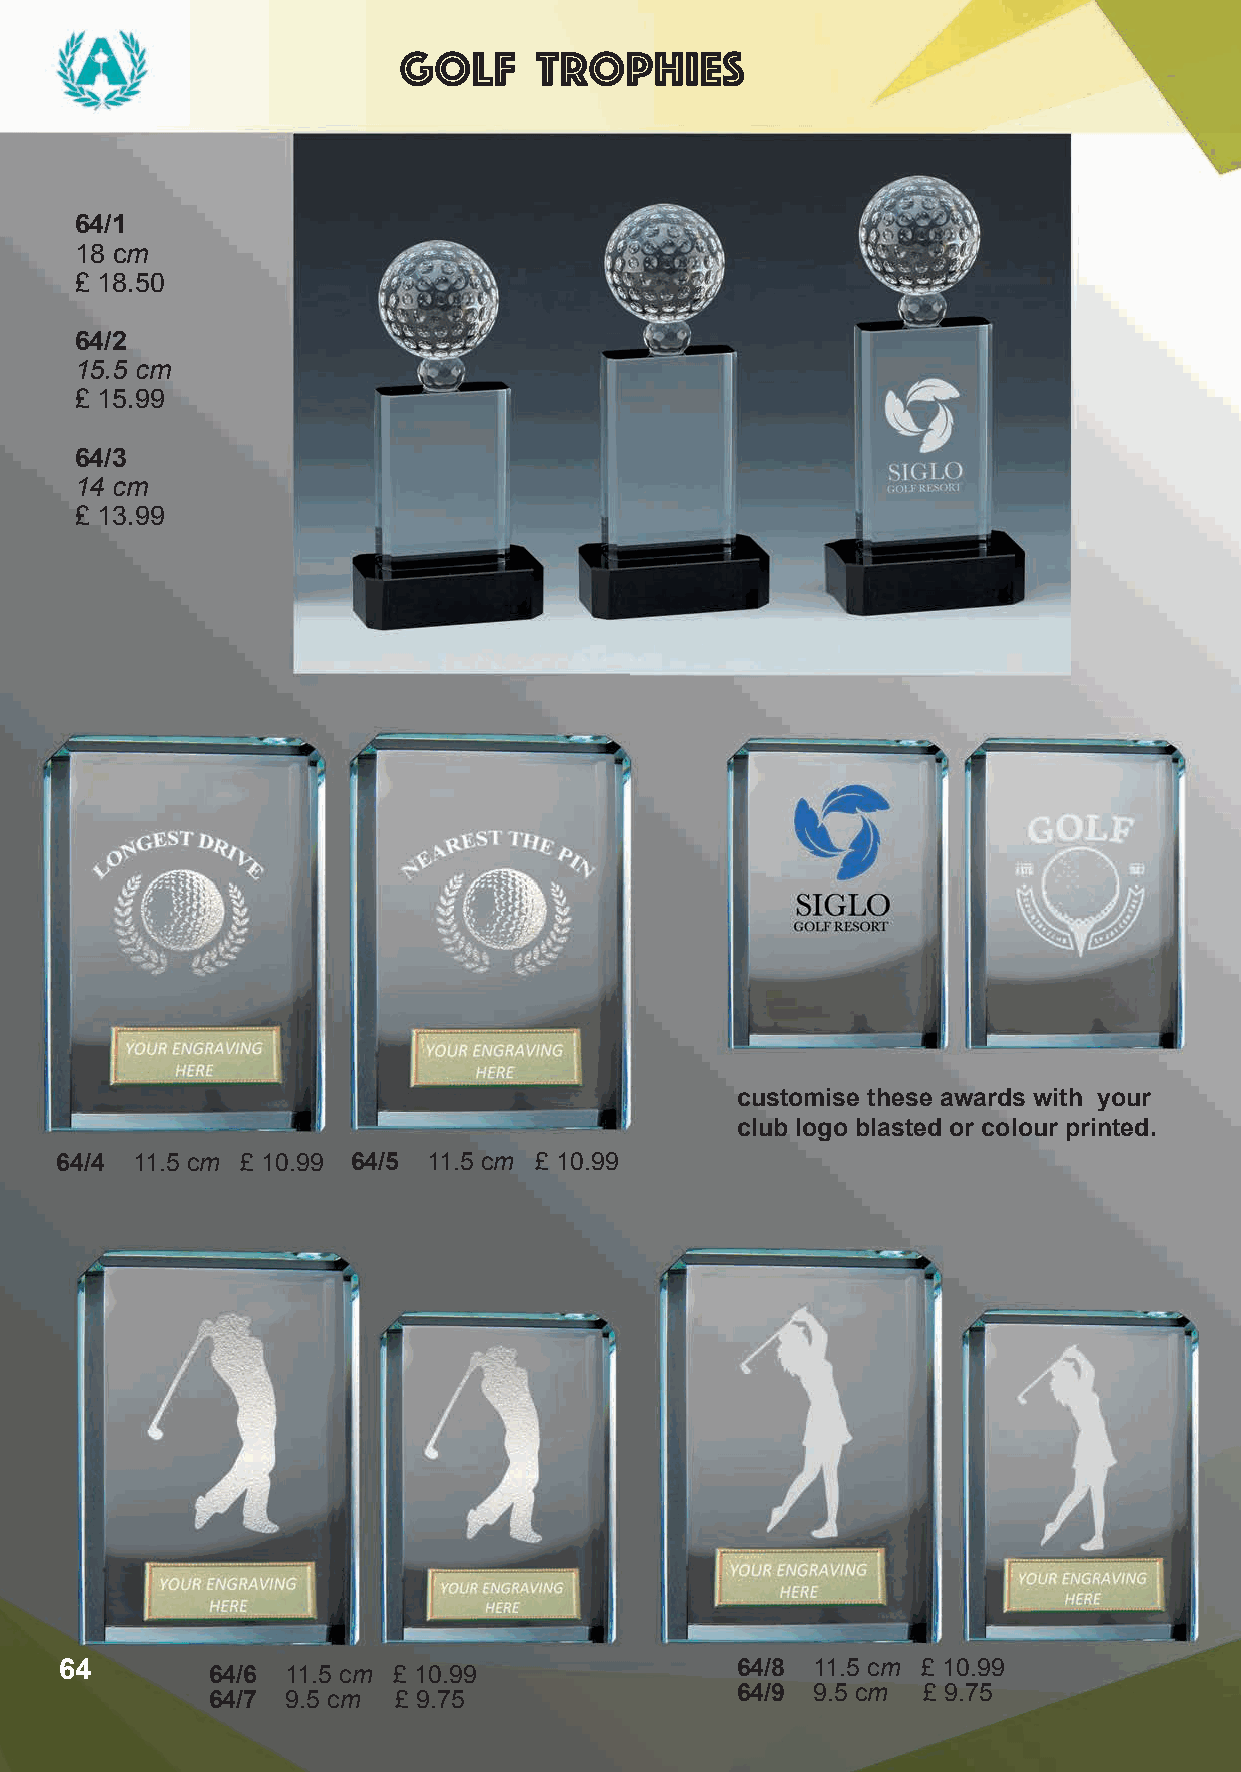
golf     Trophies
 64/1
 18 cm
 £ 18.50
 64/2
 15.5 cm
 £ 15.99
 64/3
 14 cm
 £ 13.99
 customise these awards with your
 club logo blasted or colour printed.
 64/4 11.5 cm £ 10.99 64/5 11.5 cm £ 10.99
 64        64/6 11.5 cm £ 10.99               64/8 11.5 cm £ 10.99
 64/7 9.5 cm £ 9.75                 64/9 9.5 cm £ 9.75